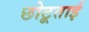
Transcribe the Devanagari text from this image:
छोटूताई